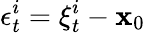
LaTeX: \epsilon_{t}^{i}=\xi_{t}^{i}-\mathbf{x}_{0}